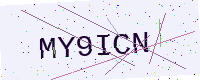
Text: MY9ICN